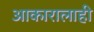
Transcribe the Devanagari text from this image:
आकारालाही